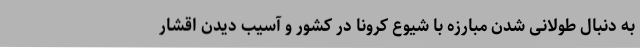
به دنبال طولانی شدن مبارزه با شیوع کرونا در کشور و آسیب دیدن اقشار